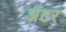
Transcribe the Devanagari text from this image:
अंटर